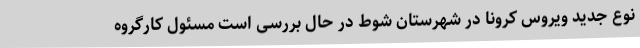
نوع جدید ویروس کرونا در شهرستان شوط در حال بررسی است مسئول کارگروه